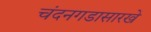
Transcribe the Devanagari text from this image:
चंदनगडासारखे